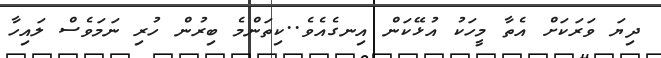
ދިޔަ ވަރަކަށް އެތާ މީހަކު އުޅޭކަން އިނގެއެވެ..ކިތަންމެ ބިރުން ހުރި ނަމަވެސް ލައިހާ